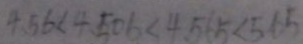
4 . 5 6 < 4 . 5 0 6 < 4 . 5 6 5 < 5 . 6 5